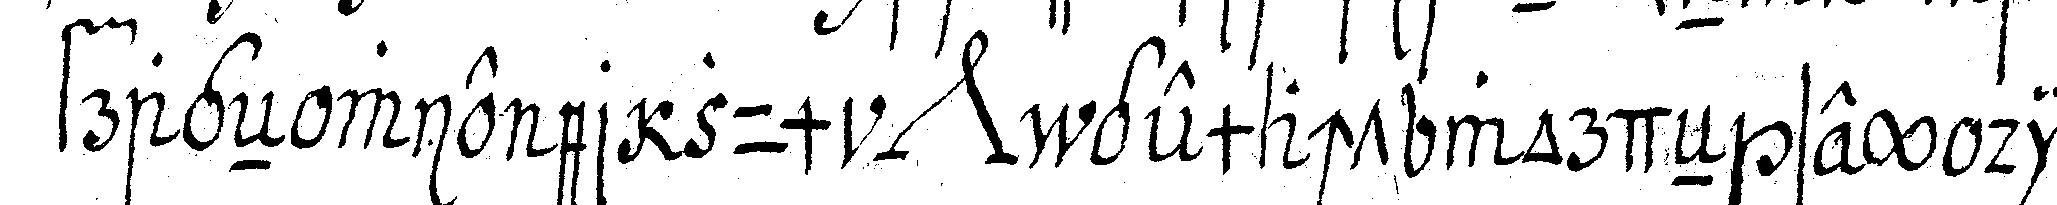
frageN wie er zum *nee* gemacht wordeN sey die